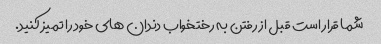
شما قرار است قبل از رفتن به رختخواب دندان های خود را تمیز کنید.